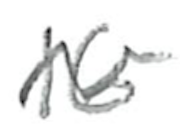
Text: 16
Cross-out: mix
Writing tool: pencil